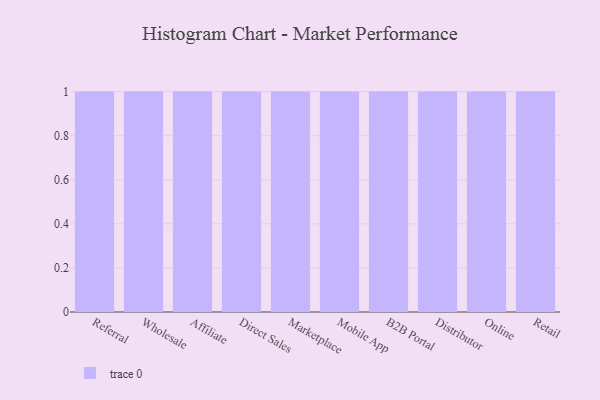
{"axis": {"x": "Channel", "y": "LTV (USD)"}, "legend": [""], "data": [{"x": "Referral", "y": 20, "type": ""}, {"x": "Wholesale", "y": 54, "type": ""}, {"x": "Affiliate", "y": 55, "type": ""}, {"x": "Direct Sales", "y": 20, "type": ""}, {"x": "Marketplace", "y": 84, "type": ""}, {"x": "Mobile App", "y": 6, "type": ""}, {"x": "B2B Portal", "y": 55, "type": ""}, {"x": "Distributor", "y": 99, "type": ""}, {"x": "Online", "y": 4, "type": ""}, {"x": "Retail", "y": 71, "type": ""}]}